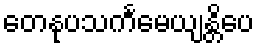
တေနုပသင်္ကမေယျန္တိပေ